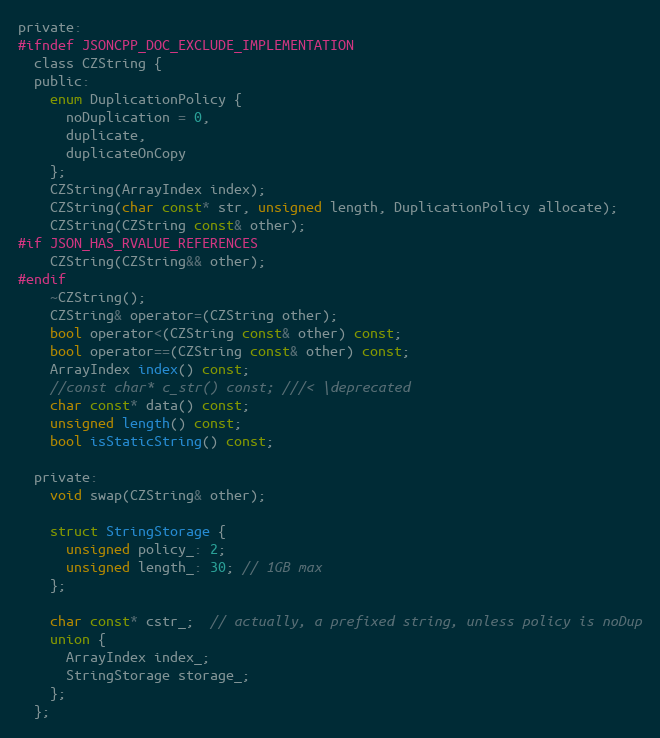
Language: C
private:
#ifndef JSONCPP_DOC_EXCLUDE_IMPLEMENTATION
  class CZString {
  public:
    enum DuplicationPolicy {
      noDuplication = 0,
      duplicate,
      duplicateOnCopy
    };
    CZString(ArrayIndex index);
    CZString(char const* str, unsigned length, DuplicationPolicy allocate);
    CZString(CZString const& other);
#if JSON_HAS_RVALUE_REFERENCES
    CZString(CZString&& other);
#endif
    ~CZString();
    CZString& operator=(CZString other);
    bool operator<(CZString const& other) const;
    bool operator==(CZString const& other) const;
    ArrayIndex index() const;
    //const char* c_str() const; ///< \deprecated
    char const* data() const;
    unsigned length() const;
    bool isStaticString() const;

  private:
    void swap(CZString& other);

    struct StringStorage {
      unsigned policy_: 2;
      unsigned length_: 30; // 1GB max
    };

    char const* cstr_;  // actually, a prefixed string, unless policy is noDup
    union {
      ArrayIndex index_;
      StringStorage storage_;
    };
  };